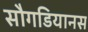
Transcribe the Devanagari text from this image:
सौगडियानस